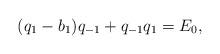
LaTeX: \begin{align*} (q_1-b_1)q_{-1}+q_{-1}q_1=E_0, \end{align*}